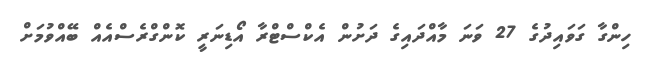
ހިންގާ ގަވައިދުގެ 27 ވަނަ މާއްދައިގެ ދަށުން އެކްސްޓްރާ އޯޑިނަރީ ކޮންގްރެސްއެއް ބޭއްވުމަށް